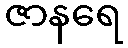
ဇာနရေ